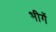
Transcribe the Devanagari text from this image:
भीगें